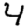
Digit: 4